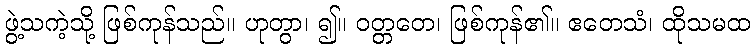
ဖွဲ့သကဲ့သို့ ဖြစ်ကုန်သည်။ ဟုတွာ၊ ၍။ ဝတ္တတေ၊ ဖြစ်ကုန်၏။ ဧတေသံ၊ ထိုသမထ